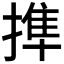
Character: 𢲜